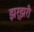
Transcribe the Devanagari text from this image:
झर्झरी